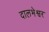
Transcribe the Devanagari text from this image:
दालभेश्वर